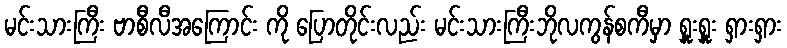
မင်းသားကြီး ဗာစီလီအကြောင်း ကို ပြောတိုင်းလည်း မင်းသားကြီးဘိုလကွန်စကီမှာ ရှူးရှူး ရှားရှား